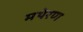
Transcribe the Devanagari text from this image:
मथेरण